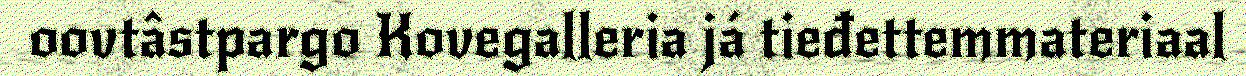
oovtâstpargo Kovegalleria já tieđettemmateriaal